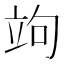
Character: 竘